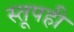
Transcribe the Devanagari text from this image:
स्तूपही